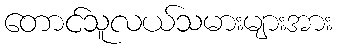
တောင်သူလယ်သမားများအား